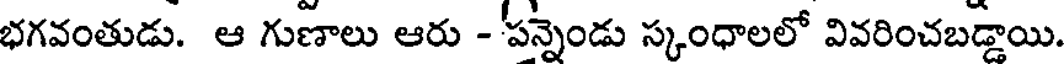
భగవంతుడు. ఆ గుణాలు ఆరు - 'పన్నెండు స్కంధాలలో వివరించబడ్డాయి.